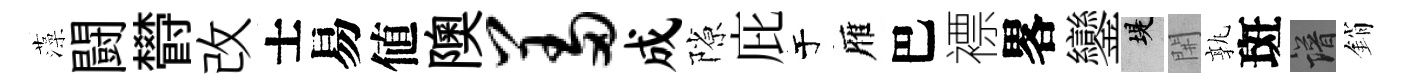
藻闘欎改士易値隩羞成隙庇于雁巴褾畧鑾堤𨳩孰斑譜銷